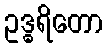
ဥဒ္ဓရိတော